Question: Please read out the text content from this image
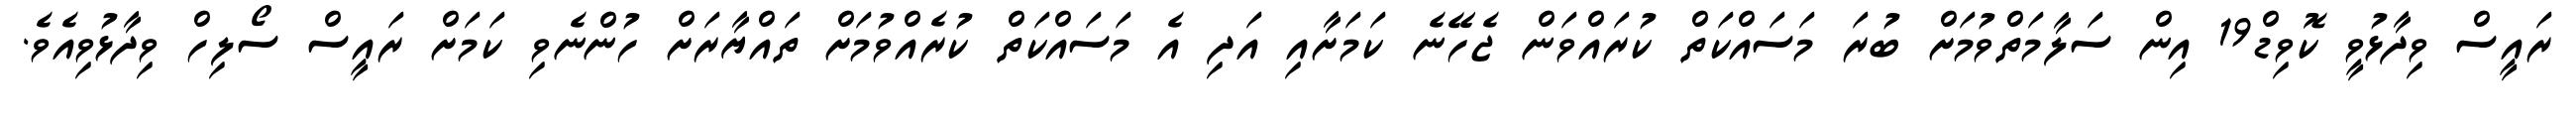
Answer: ރައީސް ވިދާޅުވީ ކޮވިޑް19 އިން ސަލާމަތްވުމަށް ބުރަ މަސައްކަތް ކުރައްވަން ޖެހޭނެ ކަމަށާއި އަދި އެ މަސައްކަތް ކުރެއްވުމަށް ތައްޔާރަށް ހުންނެވި ކަމަށް ރައީސް ސޯލިހް ވިދާޅުވިއެވެ.